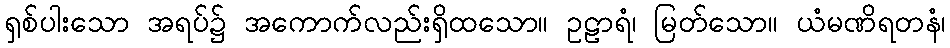
ရှစ်ပါးသော အရပ်၌ အကောက်လည်းရှိထသော။ ဥဠာရံ၊ မြတ်သော။ ယံမဏိရတနံ၊